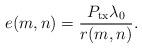
LaTeX: \begin{align*}e(m, n) = \frac{P_{\mathrm{tx}} \lambda_0}{r(m,n)}.\end{align*}